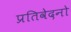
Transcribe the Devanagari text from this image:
प्रतिवेदनो